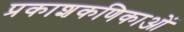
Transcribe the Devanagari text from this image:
प्रकाशकणिकाओं